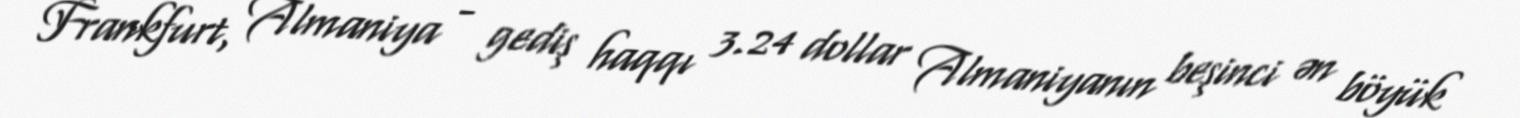
Frankfurt, Almaniya - gediş haqqı 3.24 dollar Almaniyanın beşinci ən böyük